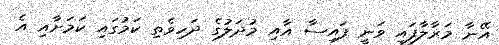
އޭނާ މަރާލާފައި ވަނީ ފައިސާ އާއި މުދަލުގެ ދަހިވެތި ކަމުގައި ކަމަށާއި އެ